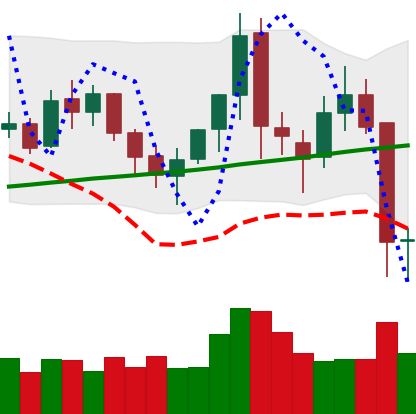
Ticker: XMR-USD
Chart end date: 2021-11-17
Forward return: -4.023%
Label: down_3_5